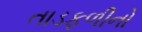
તાડફળીનો